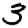
Digit: 3